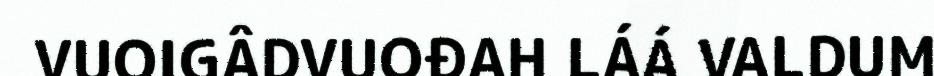
VUOIGÂDVUOĐAH LÁÁ VALDUM